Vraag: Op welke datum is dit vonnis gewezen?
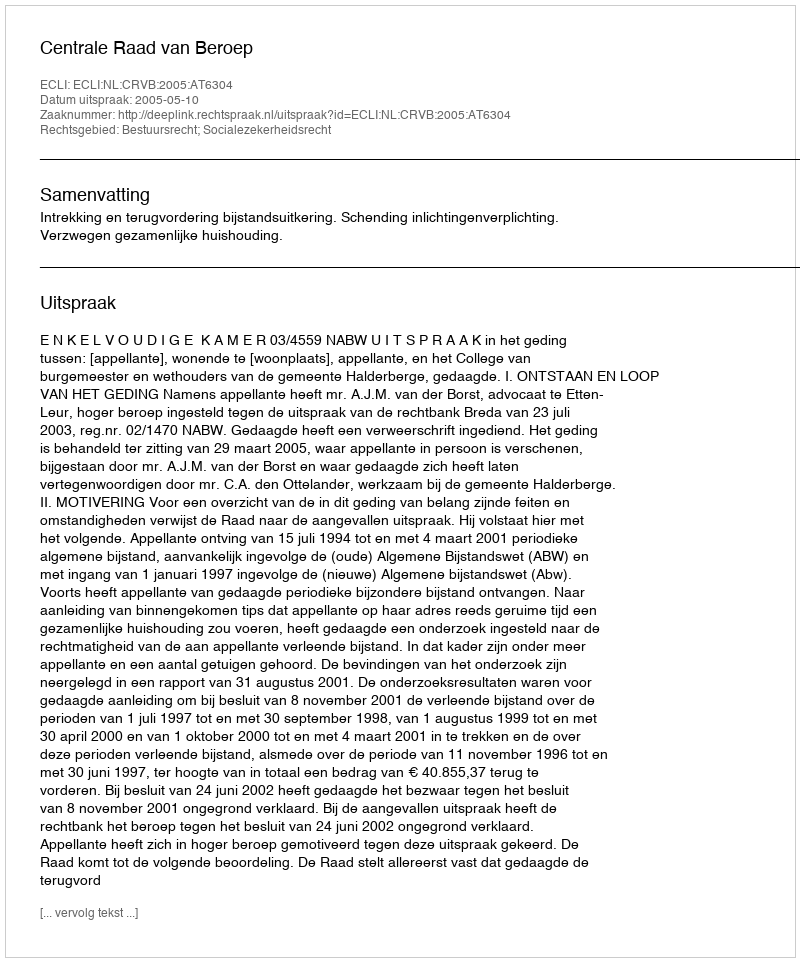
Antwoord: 2005-05-10